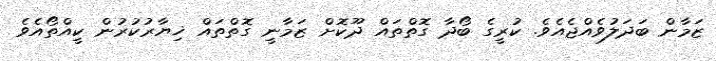
ޒަމާން ބަދަލުވެއްޖެއެވެ. ކުރީގެ ބޯދާ ގޮތްތައް ދޫކޮށް ޒަމާނީ ގޮތްތައް ޚިޔާރުކުރުން ކީއްތޯއެވެ